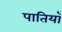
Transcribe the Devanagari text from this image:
पातियाँ